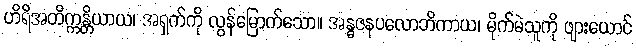
ဟိရိအတိက္ကန္တိယာယ၊ အရှက်ကို လွန်မြောက်သော။ အန္ဓဇနပလောဘိကာယ၊ မိုက်မဲသူကို ဖျားယောင်